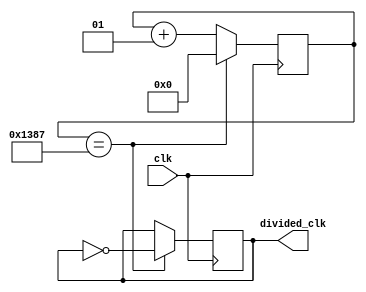
`timescale 1ns / 1ps
//////////////////////////////////////////////////////////////////////////////////
// Company: 
// Engineer: 
// 
// Design Name: 
// Module Name: clock_divider
// Project Name: 
// Target Devices: 
// Tool Versions: 
// Description: 
// 
// Dependencies: 
// 
// Revision:
// Revision 0.01 - File Created
// Additional Comments:
// 
//////////////////////////////////////////////////////////////////////////////////


module clock_divider(input wire clk, output reg divided_clk = 0);
    
   localparam div_value = 4999;
   
   integer counter_value  = 0;
   
   always@ (posedge clk)
   begin
    if (counter_value == div_value)
        counter_value <= 0;
    else
        counter_value <= counter_value + 1;
   end 
   
   //divide the clock
   always@ (posedge clk)
   begin
   
    if (counter_value == div_value)
        divided_clk <= ~divided_clk;
    else
        divided_clk <= divided_clk;
   end
endmodule